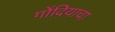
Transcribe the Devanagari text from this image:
गोंदियाचा